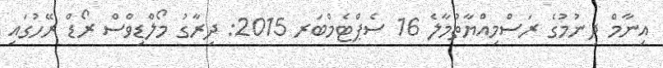
އިނާމް ދިނުމުގެ ރަސްމިއްޔާތުމާލެ 16 ސެޕްޓެމްބަރ 2015: ދިރާގު މޯލްޑިވްސް ރޯޑް ރޭހުގައި